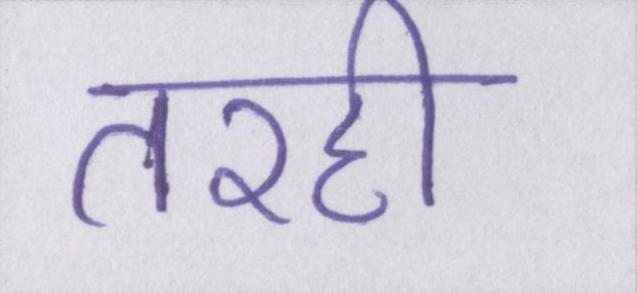
तरही